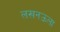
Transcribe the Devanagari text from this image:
लखनऊला